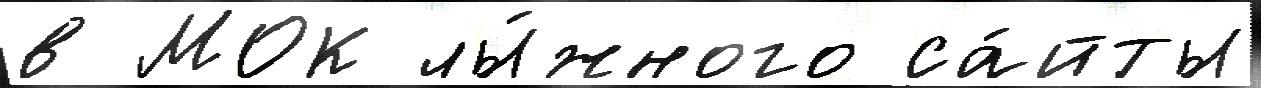
в МОК лы́жного са́йты